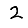
Digit: 2